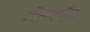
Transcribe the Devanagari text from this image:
ग्रीनस्पॅन